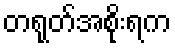
တရုတ်အစိုးရက